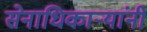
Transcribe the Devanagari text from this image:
सेनाधिकार्‍यांनी